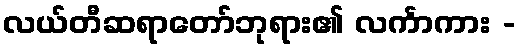
လယ်တီဆရာတော်ဘုရား၏ လင်္ကာကား -